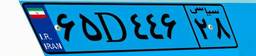
۰۰D۲۲۲۷۲